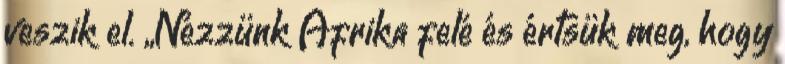
veszik el. „Nézzünk Afrika felé és értsük meg, hogy